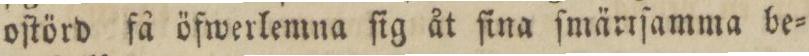
oſtörd få öfwerlemna ſig åt ſina ſmärrſamma be=